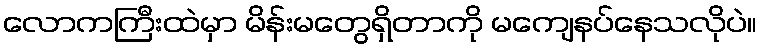
လောကကြီးထဲမှာ မိန်းမတွေရှိတာကို မကျေနပ်နေသလိုပဲ။